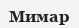
Мимар